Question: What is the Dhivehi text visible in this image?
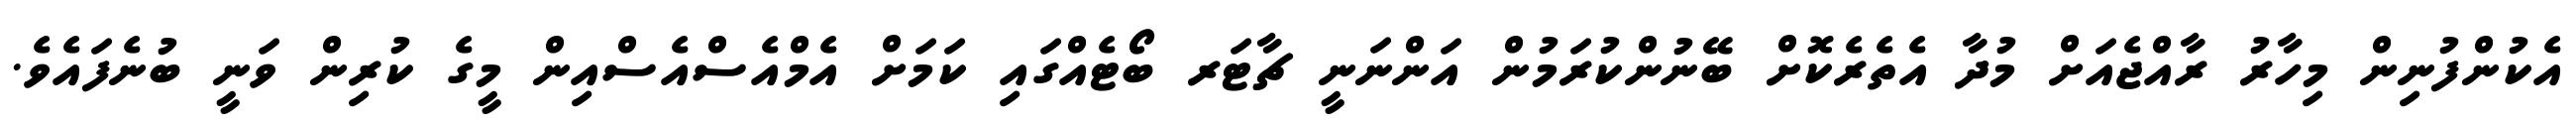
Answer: އެކުންފުނިން މިހާރު ރާއްޖެއަށް މުދާ އެތެރެކޮށް ބޭނުންކުރަމުން އަންނަނީ ޗާޓަރ ބޯޓެއްގައި ކަމަށް އެމްއެސްއެސްއިން މީގެ ކުރިން ވަނީ ބުނެފައެވެ.